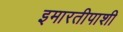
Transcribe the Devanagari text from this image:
इमारतीपाशी